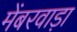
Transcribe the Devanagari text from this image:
मेंबरवाड़ा